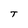
Character: T